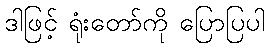
ဒါဖြင့် ရုံးတော်ကို ပြောပြပါ